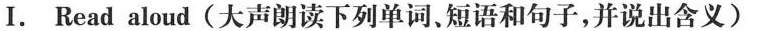
I. Read aloud (大声朗读下列单词，短语和句子,并说出含义)